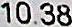
10.38